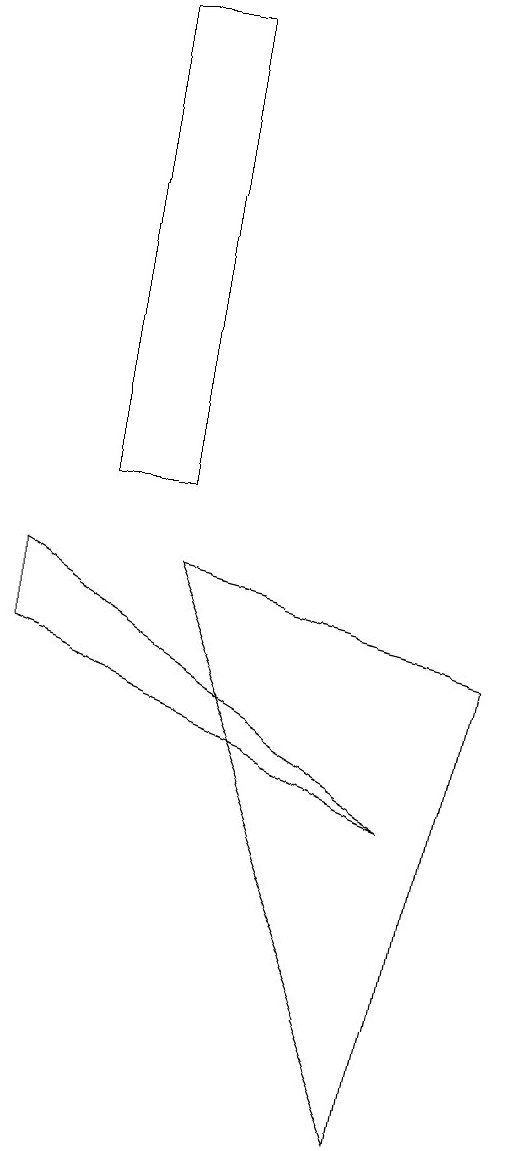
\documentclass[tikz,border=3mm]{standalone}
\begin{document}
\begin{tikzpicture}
\draw (4,9) -- (7,2) -- (8,8) -- cycle;
\draw (4,16) rectangle (3,10);
\draw (2,8) -- (2,9) -- (7,6) -- cycle;
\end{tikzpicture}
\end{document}